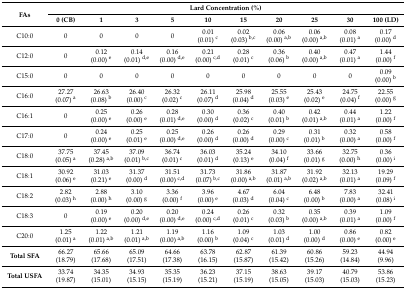
<table><thead><tr><td rowspan="2"><b>FAs</b></td><td colspan="10"><b>Lard Concentration (%)</b></td></tr><tr><td><b>0 (CB)</b></td><td><b>1</b></td><td><b>3</b></td><td><b>5</b></td><td><b>10</b></td><td><b>15</b></td><td><b>20</b></td><td><b>25</b></td><td><b>30</b></td><td><b>100 (LD)</b></td></tr></thead><tbody><tr><td>C10:0</td><td>0</td><td>0</td><td>0</td><td>0</td><td>0.01 (0.01) <sup>c</sup></td><td>0.02 (0.03) <sup>b,c</sup></td><td>0.06 (0.00) <sup>a,b</sup></td><td>0.06 (0.00) <sup>a,b</sup></td><td>0.08 (0.01) <sup>a</sup></td><td>0.17 (0.00) <sup>d</sup></td></tr><tr><td>C12:0</td><td>0</td><td>0.12 (0.00) <sup>e</sup></td><td>0.14 (0.01) <sup>d,e</sup></td><td>0.16 (0.00) <sup>d,e</sup></td><td>0.21 (0.00) <sup>c,d</sup></td><td>0.28 (0.01) <sup>c</sup></td><td>0.36 (0.06) <sup>b</sup></td><td>0.40 (0.00) <sup>a,b</sup></td><td>0.47 (0.01) <sup>a</sup></td><td>1.44 (0.00) <sup>f</sup></td></tr><tr><td>C15:0</td><td>0</td><td>0</td><td>0</td><td>0</td><td>0</td><td>0</td><td>0</td><td>0</td><td>0</td><td>0.09 (0.00) <sup>b</sup></td></tr><tr><td>C16:0</td><td>27.27 (0.07) <sup>a</sup></td><td>26.63 (0.08) <sup>b</sup></td><td>26.40 (0.00) <sup>c</sup></td><td>26.32 (0.02) <sup>c</sup></td><td>26.11 (0.07) <sup>d</sup></td><td>25.98 (0.04) <sup>d</sup></td><td>25.55 (0.03) <sup>e</sup></td><td>25.43 (0.02) <sup>e</sup></td><td>24.75 (0.04) <sup>f</sup></td><td>22.55 (0.00) <sup>g</sup></td></tr><tr><td>C16:1</td><td>0</td><td>0.25 (0.00) <sup>e</sup></td><td>0.26 (0.00) <sup>e</sup></td><td>0.28 (0.01) <sup>d,e</sup></td><td>0.30 (0.00) <sup>d</sup></td><td>0.36 (0.02) <sup>c</sup></td><td>0.40 (0.01) <sup>b</sup></td><td>0.42 (0.01) <sup>a,b</sup></td><td>0.44 (0.01) <sup>a</sup></td><td>1.22 (0.00) <sup>f</sup></td></tr><tr><td>C17:0</td><td>0</td><td>0.24 (0.00) <sup>e</sup></td><td>0.25 (0.01) <sup>e</sup></td><td>0.25 (0.00) <sup>d,e</sup></td><td>0.26 (0.00) <sup>d</sup></td><td>0.26 (0.00) <sup>d</sup></td><td>0.29 (0.00) <sup>c</sup></td><td>0.31 (0.01) <sup>b</sup></td><td>0.32 (0.00) <sup>a</sup></td><td>0.58 (0.00) <sup>f</sup></td></tr><tr><td>C18:0</td><td>37.75 (0.05) <sup>a</sup></td><td>37.45 (0.28) <sup>a,b</sup></td><td>37.09 (0.01) <sup>b,c</sup></td><td>36.74 (0.01) <sup>c</sup></td><td>36.03 (0.01) <sup>d</sup></td><td>35.24 (0.13) <sup>e</sup></td><td>34.10 (0.04) <sup>f</sup></td><td>33.66 (0.01) <sup>g</sup></td><td>32.75 (0.00) <sup>h</sup></td><td>0.36 (0.00) <sup>i</sup></td></tr><tr><td>C18:1</td><td>30.92 (0.06) <sup>e</sup></td><td>31.03 (0.21) <sup>e</sup></td><td>31.37 (0.00) <sup>d</sup></td><td>31.51 (0.00) <sup>c,d</sup></td><td>31.73 (0.07) <sup>b,c</sup></td><td>31.86 (0.00) <sup>a,b</sup></td><td>31.87 (0.01) <sup>a,b</sup></td><td>31.92 (0.02) <sup>a,b</sup></td><td>32.13 (0.01) <sup>a</sup></td><td>19.29 (0.09) <sup>f</sup></td></tr><tr><td>C18:2</td><td>2.82 (0.03) <sup>h</sup></td><td>2.88 (0.00) <sup>h</sup></td><td>3.10 (0.00) <sup>g</sup></td><td>3.36 (0.00) <sup>f</sup></td><td>3.96 (0.00) <sup>e</sup></td><td>4.67 (0.03) <sup>d</sup></td><td>6.04 (0.04) <sup>c</sup></td><td>6.48 (0.00) <sup>b</sup></td><td>7.83 (0.00) <sup>a</sup></td><td>32.41 (0.08) <sup>i</sup></td></tr><tr><td>C18:3</td><td>0</td><td>0.19 (0.00) <sup>e</sup></td><td>0.20 (0.00) <sup>d,e</sup></td><td>0.20 (0.00) <sup>d,e</sup></td><td>0.24 (0.00) <sup>c,d</sup></td><td>0.26 (0.01) <sup>c</sup></td><td>0.32 (0.03) <sup>b</sup></td><td>0.35 (0.00) <sup>a,b</sup></td><td>0.39 (0.01) <sup>a</sup></td><td>1.09 (0.00) <sup>f</sup></td></tr><tr><td>C20:0</td><td>1.25 (0.01) <sup>a</sup></td><td>1.22 (0.01) <sup>a,b</sup></td><td>1.21 (0.01) <sup>a,b</sup></td><td>1.19 (0.00) <sup>a,b</sup></td><td>1.16 (0.00) <sup>b</sup></td><td>1.09 (0.04) <sup>c</sup></td><td>1.03 (0.01) <sup>d</sup></td><td>1.00 (0.00) <sup>d</sup></td><td>0.86 (0.00) <sup>e</sup></td><td>0.82 (0.00) <sup>e</sup></td></tr><tr><td><b>Total SFA</b></td><td>66.27 (18.79)</td><td>65.66 (17.68)</td><td>65.09 (17.51)</td><td>64.66 (17.38)</td><td>63.78 (16.15)</td><td>62.87 (15.87)</td><td>61.39 (15.42)</td><td>60.86 (15.26)</td><td>59.23 (14.84)</td><td>44.94 (9.96)</td></tr><tr><td><b>Total USFA</b></td><td>33.74 (19.87)</td><td>34.35 (15.01)</td><td>34.93 (15.15)</td><td>35.35 (15.19)</td><td>36.23 (15.21)</td><td>37.15 (15.19)</td><td>38.63 (15.05)</td><td>39.17 (15.03)</td><td>40.79 (15.03)</td><td>53.86 (15.23)</td></tr></tbody></table>